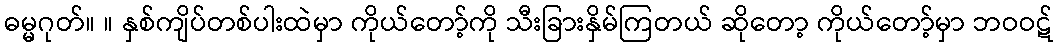
ဓမ္မဂုတ်။ ။ နှစ်ကျိပ်တစ်ပါးထဲမှာ ကိုယ်တော့်ကို သီးခြားနှိမ်ကြတယ် ဆိုတော့ ကိုယ်တော့်မှာ ဘဝဝဋ်